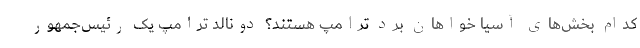
کدام بخش‌های آسیا خواهان برد ترامپ هستند؟ دونالد ترامپ یک رئیس‌جمهور